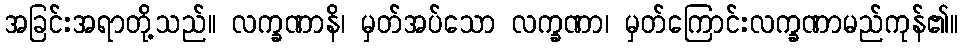
အခြင်းအရာတို့သည်။ လက္ခဏာနိ၊ မှတ်အပ်သော လက္ခဏာ၊ မှတ်ကြောင်းလက္ခဏာမည်ကုန်၏။